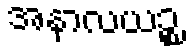
အနာလယဉ္စ